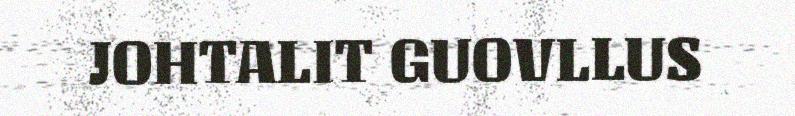
JOHTALIT GUOVLLUS